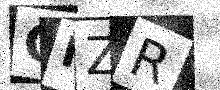
Text: QIZR